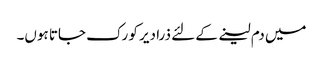
میں دم لینے کے لئے ذرا دیر کو رک جاتا ہوں۔